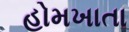
હોમખાતા